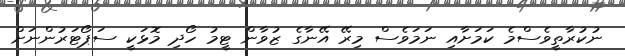
ނުކުރާތީވެސްމެ ކަމަށާއި ނަމަވެސް މިރޭ އޭނާގެ ޒުވާން ޓީމު ހޯދި މޮޅަކީ ސަޕޯޓަރުންނަށް